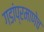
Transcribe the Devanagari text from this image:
गडांप्रमाणेच